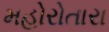
મહોરોતારા